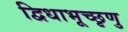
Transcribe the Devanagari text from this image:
द्विधाभूच्छृणु